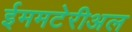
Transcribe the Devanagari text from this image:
ईममटेरीअल